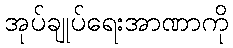
အုပ်ချုပ်ရေးအာဏာကို